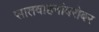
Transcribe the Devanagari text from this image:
सातवाहनांबरोबर